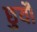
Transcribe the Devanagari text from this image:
छुयौ